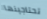
تحتاجينها